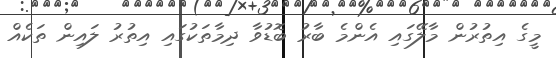
މީގެ އިތުރުން މާލޭގައި އެންމެ ބާރު ބޮޑުވާ ދިމާތަކުގައި އިތުރު ލައިން ތަކެއް